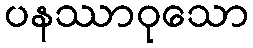
ပနဿာဝုသော